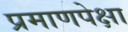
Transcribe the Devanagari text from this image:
प्रमाणपेक्षा